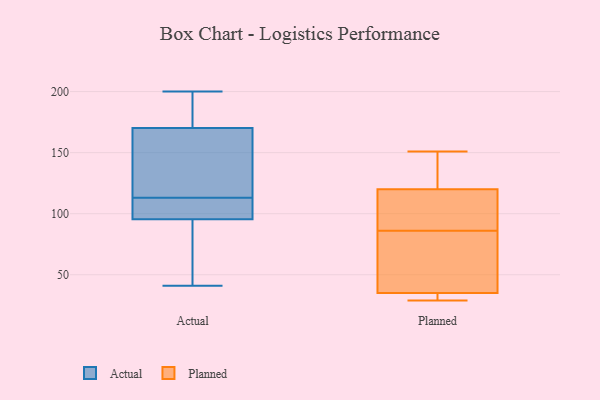
{"axis": {"x": "Bounce Rate (%)", "y": "Value"}, "legend": ["Actual", "Planned"], "data": [{"x": "", "y": 103, "type": "Actual"}, {"x": "", "y": 126, "type": "Actual"}, {"x": "", "y": 113, "type": "Actual"}, {"x": "", "y": 122, "type": "Actual"}, {"x": "", "y": 98, "type": "Actual"}, {"x": "", "y": 195, "type": "Actual"}, {"x": "", "y": 95, "type": "Actual"}, {"x": "", "y": 114, "type": "Actual"}, {"x": "", "y": 144, "type": "Actual"}, {"x": "", "y": 189, "type": "Actual"}, {"x": "", "y": 95, "type": "Actual"}, {"x": "", "y": 67, "type": "Actual"}, {"x": "", "y": 41, "type": "Actual"}, {"x": "", "y": 200, "type": "Actual"}, {"x": "", "y": 97, "type": "Actual"}, {"x": "", "y": 179, "type": "Actual"}, {"x": "", "y": 63, "type": "Actual"}, {"x": "", "y": 107, "type": "Actual"}, {"x": "", "y": 197, "type": "Actual"}, {"x": "", "y": 116, "type": "Planned"}, {"x": "", "y": 35, "type": "Planned"}, {"x": "", "y": 113, "type": "Planned"}, {"x": "", "y": 59, "type": "Planned"}, {"x": "", "y": 40, "type": "Planned"}, {"x": "", "y": 151, "type": "Planned"}, {"x": "", "y": 142, "type": "Planned"}, {"x": "", "y": 120, "type": "Planned"}, {"x": "", "y": 30, "type": "Planned"}, {"x": "", "y": 29, "type": "Planned"}]}